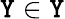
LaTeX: \mathtt{Y}\in\mathcal{{\mathtt{Y}}}